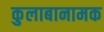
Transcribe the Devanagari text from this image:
कुलाबानामक